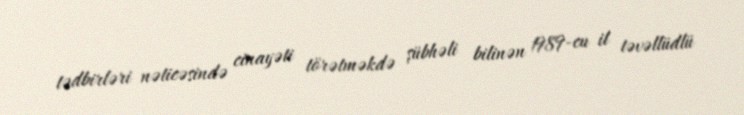
tədbirləri nəticəsində cinayəti törətməkdə şübhəli bilinən 1989-cu il təvəllüdlü